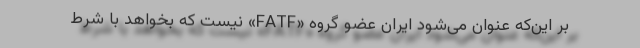
بر این‌که عنوان می‌شود ایران عضو گروه «FATF» نیست که بخواهد با شرط